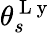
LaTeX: \theta_{s}^{\mathrm{~L~y~}}